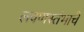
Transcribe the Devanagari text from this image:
लवणस्तंभाचे